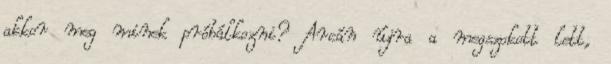
akkor meg minek próbálkozni? Arcán újra a megszokott lett,